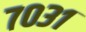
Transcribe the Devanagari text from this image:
७०३१